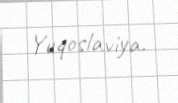
Yuqoslaviya.